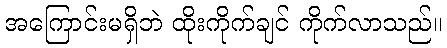
အကြောင်းမရှိဘဲ ထိုးကိုက်ချင် ကိုက်လာသည်။